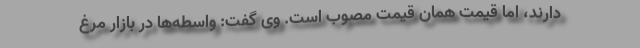
دارند، اما قیمت همان قیمت مصوب است. وی گفت: واسطه‌ها در بازار مرغ